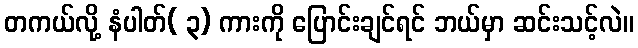
တကယ်လို့ နံပါတ်( ၃) ကားကို ပြောင်းချင်ရင် ဘယ်မှာ ဆင်းသင့်လဲ။